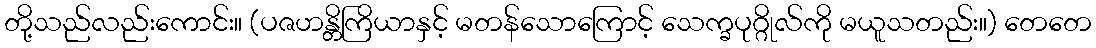
တို့သည်လည်းကောင်း။ (ပဇဟန္တိကြိယာနှင့် မတန်သောကြောင့် သေက္ခပုဂ္ဂိုလ်ကို မယူသတည်း။) တေတေ